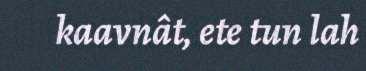
kaavnât, ete tun lah